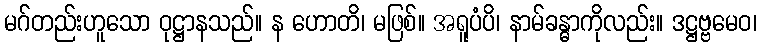
မဂ်တည်းဟူသော ဝုဋ္ဌာနသည်။ န ဟောတိ၊ မဖြစ်။ အရူပံပိ၊ နာမ်ခန္ဓာကိုလည်း။ ဒဋ္ဌဗ္ဗမေဝ၊